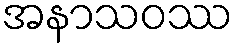
အနာသဝဿ